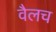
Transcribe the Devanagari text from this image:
वैलच